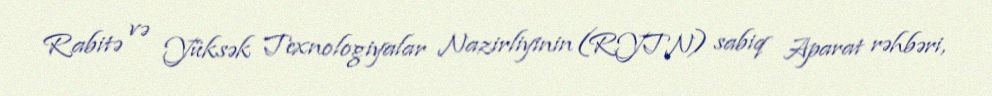
Rabitə və Yüksək Texnologiyalar Nazirliyinin (RYTN) sabiq Aparat rəhbəri,